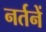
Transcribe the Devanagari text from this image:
नर्तनें